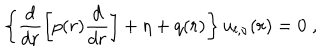
LaTeX: \left\{ \frac { d } { d r } \left[ p ( r ) \frac { d } { d r } \right] + \eta + q ( r ) \right\} u _ { l , \nu } ( r ) = 0 \; ,